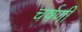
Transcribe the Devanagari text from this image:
चर्षणी